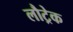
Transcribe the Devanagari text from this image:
लौट्रेक